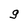
Character: g